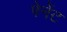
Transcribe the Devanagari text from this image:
पेनेंट